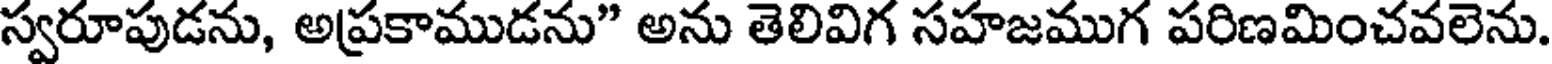
స్వరూపుడను, అప్రకాముడను" అను తెలివిగ సహజముగ పరిణమించవలెను.